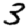
Digit: 3